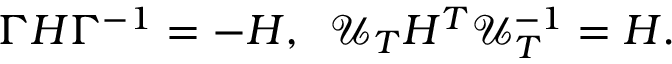
\begin{array} { r } { \Gamma H \Gamma ^ { - 1 } = - H , \; \; \mathcal { U } _ { T } H ^ { T } \mathcal { U } _ { T } ^ { - 1 } = H . } \end{array}